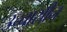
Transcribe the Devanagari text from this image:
उच्चासीन